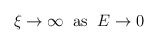
\begin{align*}\xi \rightarrow \infty \; \; \mbox{as} \; \; E \rightarrow 0\end{align*}